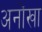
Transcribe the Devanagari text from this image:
अनोंखा